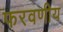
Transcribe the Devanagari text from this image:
फरवणीय